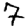
Digit: 7